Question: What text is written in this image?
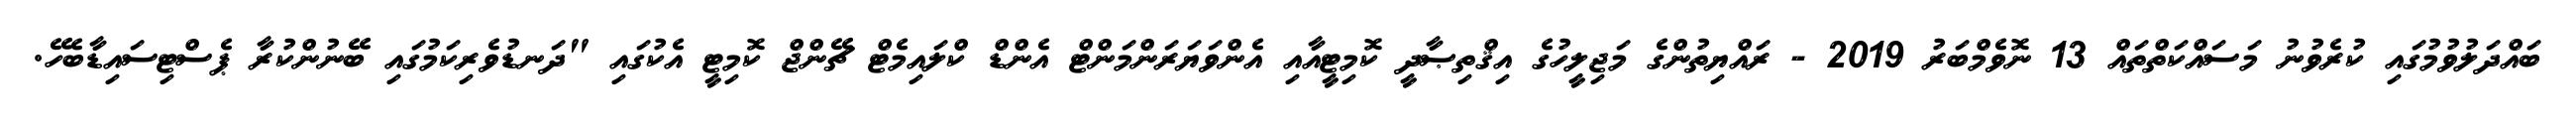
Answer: ބައްދަލުވުމުގައި ކުރެވުނު މަސައްކަތްތައް 13 ނޮވެމްބަރު 2019 - ރައްޔިތުންގެ މަޖިލީހުގެ އިޤްތިޞާދީ ކޮމިޓީއާއި އެންވަޔަރަންމަންޓް އެންޑް ކްލައިމެޓް ޗޭންޖް ކޮމިޓީ އެކުގައި "ދަނޑުވެރިކަމުގައި ބޭނުންކުރާ ޕެސްޓިސައިޑާބެހޭ.